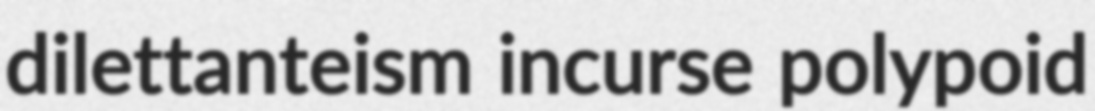
dilettanteism incurse polypoid